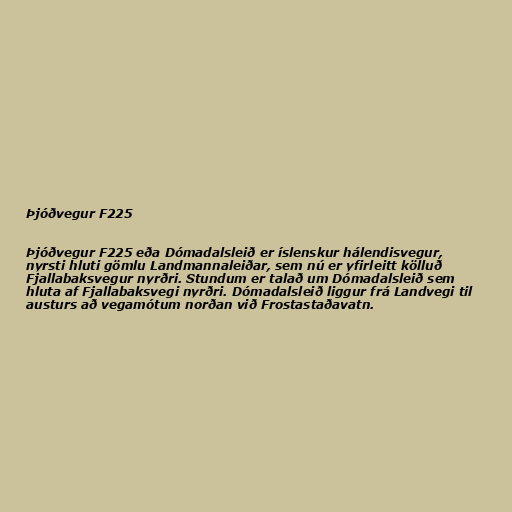
Þjóðvegur F225

Þjóðvegur F225 eða Dómadalsleið er íslenskur hálendisvegur,
nyrsti hluti gömlu Landmannaleiðar, sem nú er yfirleitt kölluð
Fjallabaksvegur nyrðri. Stundum er talað um Dómadalsleið sem
hluta af Fjallabaksvegi nyrðri. Dómadalsleið liggur frá Landvegi til
austurs að vegamótum norðan við Frostastaðavatn.